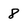
Character: 8